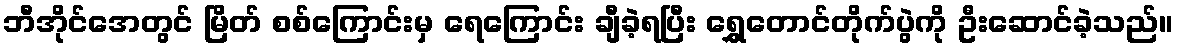
ဘီအိုင်အေတွင် မြိတ် စစ်ကြောင်းမှ ရေကြောင်း ချီခဲ့ရပြီး ရွှေတောင်တိုက်ပွဲကို ဦးဆောင်ခဲ့သည်။